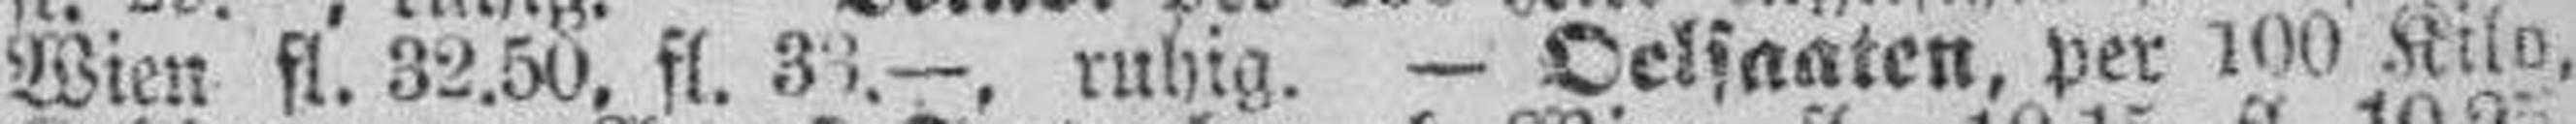
Wien fl. 32.50, fl. 33.—, ruhig. — Oelsaaten, per 100 Kilo,